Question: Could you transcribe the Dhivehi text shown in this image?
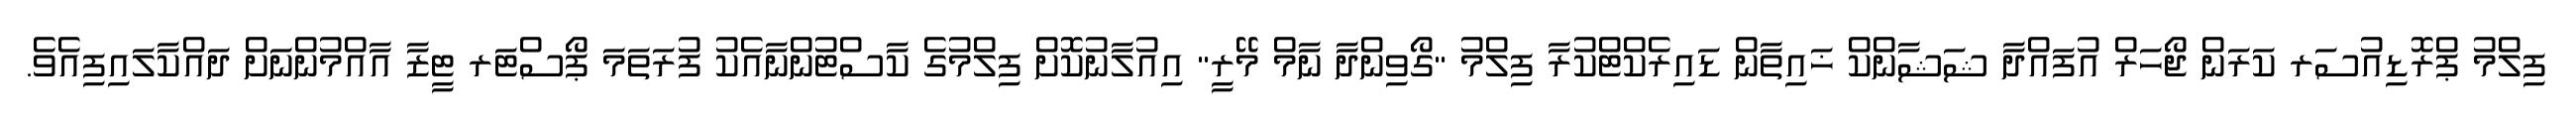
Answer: ފިލްމު ޕްރޮޑިއުސަރ ކަރަން ޖޯހަރް އުފައްދާ ޝަޝާންކް ޚައިތާން ޑައިރެކްޓްކުރާ ފިލްމު "ގޯވިންދާ ނާމް މޭރީ" އިއުލާނުކޮށް ފިލްމުގެ ކާސްޓުންނާއެކު ފުރަތަމަ ޕޯސްޓަރ ޓީޒާ އާއްމުންނަށް ދައްކާލައިފިއެވެ.